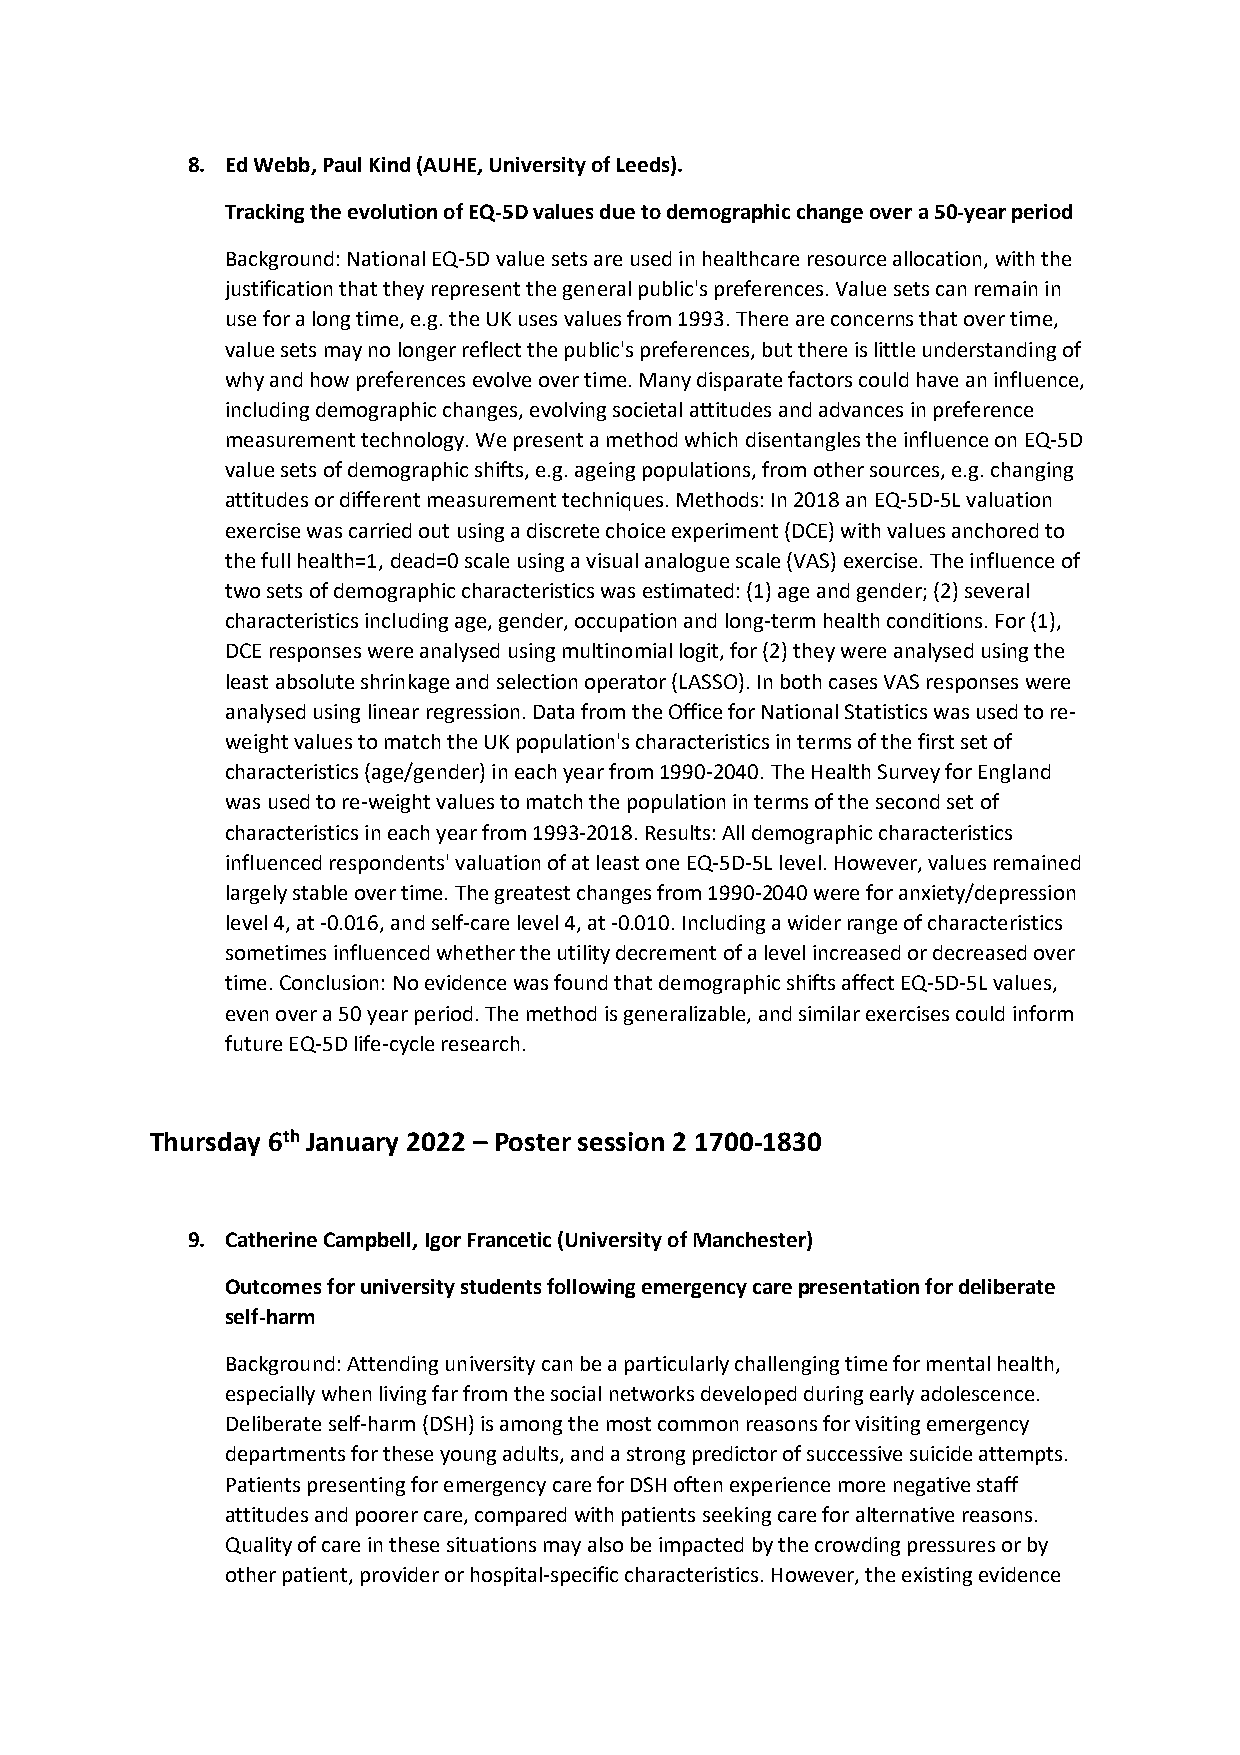
8. Ed Webb, Paul Kind (AUHE, University of Leeds).
 Tracking the evolution of EQ-5D values due to demographic change over a 50-year period
 Background: National EQ-5D value sets are used in healthcare resource allocation, with the
 justification that they represent the general public's preferences. Value sets can remain in
 use for a long time, e.g. the UK uses values from 1993. There are concerns that over time,
 value sets may no longer reflect the public's preferences, but there is little understanding of
 why and how preferences evolve over time. Many disparate factors could have an influence,
 including demographic changes, evolving societal attitudes and advances in preference
 measurement technology. We present a method which disentangles the influence on EQ-5D
 value sets of demographic shifts, e.g. ageing populations, from other sources, e.g. changing
 attitudes or different measurement techniques. Methods: In 2018 an EQ-5D-5L valuation
 exercise was carried out using a discrete choice experiment (DCE) with values anchored to
 the full health=1, dead=0 scale using a visual analogue scale (VAS) exercise. The influence of
 two sets of demographic characteristics was estimated: (1) age and gender; (2) several
 characteristics including age, gender, occupation and long-term health conditions. For (1),
 DCE responses were analysed using multinomial logit, for (2) they were analysed using the
 least absolute shrinkage and selection operator (LASSO). In both cases VAS responses were
 analysed using linear regression. Data from the Office for National Statistics was used to re-
 weight values to match the UK population's characteristics in terms of the first set of
 characteristics (age/gender) in each year from 1990-2040. The Health Survey for England
 was used to re-weight values to match the population in terms of the second set of
 characteristics in each year from 1993-2018. Results: All demographic characteristics
 influenced respondents' valuation of at least one EQ-5D-5L level. However, values remained
 largely stable over time. The greatest changes from 1990-2040 were for anxiety/depression
 level 4, at -0.016, and self-care level 4, at -0.010. Including a wider range of characteristics
 sometimes influenced whether the utility decrement of a level increased or decreased over
 time. Conclusion: No evidence was found that demographic shifts affect EQ-5D-5L values,
 even over a 50 year period. The method is generalizable, and similar exercises could inform
 future EQ-5D life-cycle research.
 Thursday 6th January 2022 – Poster session 2 1700-1830
 9. Catherine Campbell, Igor Francetic (University of Manchester)
 Outcomes for university students following emergency care presentation for deliberate
 self-harm
 Background: Attending university can be a particularly challenging time for mental health,
 especially when living far from the social networks developed during early adolescence.
 Deliberate self-harm (DSH) is among the most common reasons for visiting emergency
 departments for these young adults, and a strong predictor of successive suicide attempts.
 Patients presenting for emergency care for DSH often experience more negative staff
 attitudes and poorer care, compared with patients seeking care for alternative reasons.
 Quality of care in these situations may also be impacted by the crowding pressures or by
 other patient, provider or hospital-specific characteristics. However, the existing evidence